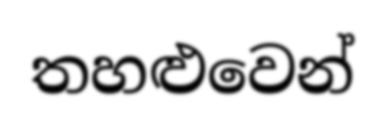
තහළුවෙන්